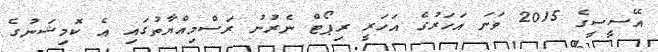
އޭސީސީގެ 2015 ވަނަ އަހަރުގެ އަހަރީ ރިޕޯޓް ނެރުނު ރަސްމިއްޔާތުގައި އެ ކޮމިޝަނުގެ